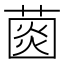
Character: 𦸠